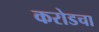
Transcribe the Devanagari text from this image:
करोडचा